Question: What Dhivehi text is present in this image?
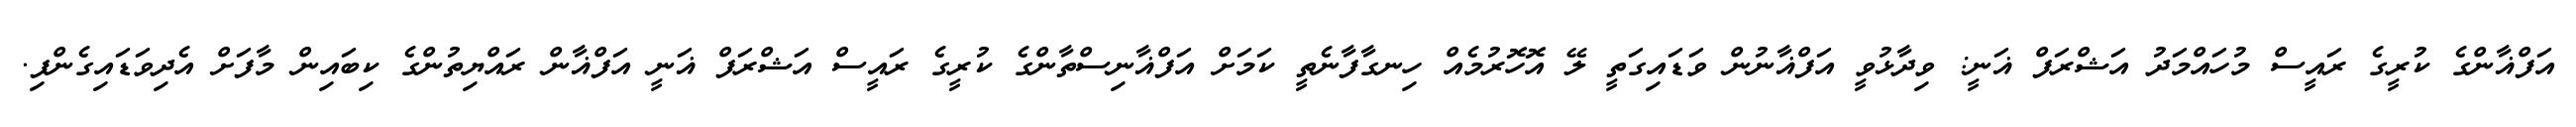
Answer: އަފްޣާންގެ ކުރީގެ ރައީސް މުހައްމަދު އަޝްރަފް ޣަނީ: ވިދާޅުވީ އަފްޣާނުން ވަޑައިގަތީ ލޭ އޮހޮރުމެއް ހިނގާފާނެތީ ކަމަށް އަފްޣާނިސްތާންގެ ކުރީގެ ރައީސް އަޝްރަފް ޣަނީ އަފްޣާން ރައްޔިތުންގެ ކިބައިން މާފަށް އެދިވަޑައިގެންފި.